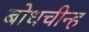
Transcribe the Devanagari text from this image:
बोधचीन्ह